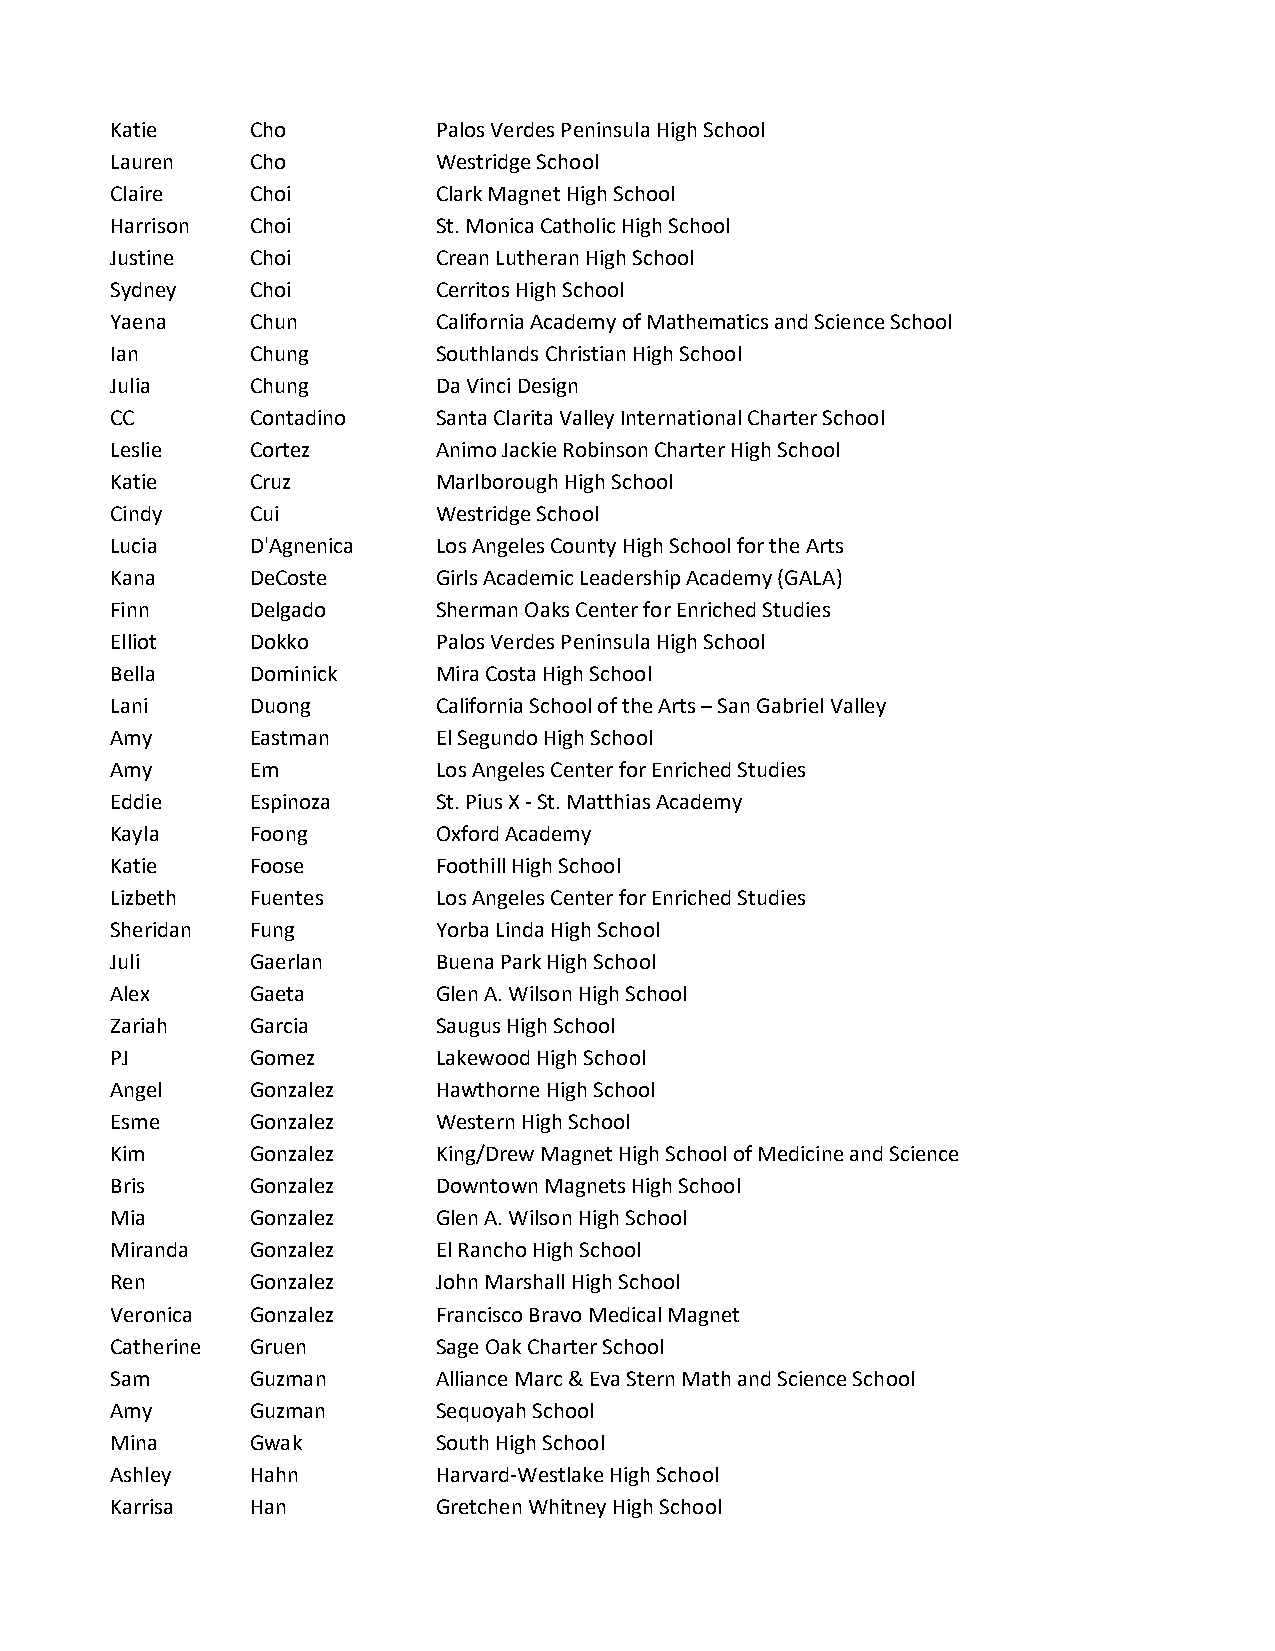
Katie     Cho         Palos Verdes Peninsula High School
 Lauren    Cho         Westridge School
 Claire    Choi        Clark Magnet High School
 Harrison  Choi        St. Monica Catholic High School
 Justine   Choi        Crean Lutheran High School
 Sydney    Choi        Cerritos High School
 Yaena     Chun        California Academy of Mathematics and Science School
 Ian       Chung       Southlands Christian High School
 Julia     Chung       Da Vinci Design
 CC        Contadino   Santa Clarita Valley International Charter School
 Leslie    Cortez      Animo Jackie Robinson Charter High School
 Katie     Cruz        Marlborough High School
 Cindy     Cui         Westridge School
 Lucia     D'Agnenica  Los Angeles County High School for the Arts
 Kana      DeCoste     Girls Academic Leadership Academy (GALA)
 Finn      Delgado     Sherman Oaks Center for Enriched Studies
 Elliot    Dokko       Palos Verdes Peninsula High School
 Bella     Dominick    Mira Costa High School
 Lani      Duong       California School of the Arts – San Gabriel Valley
 Amy       Eastman     El Segundo High School
 Amy       Em          Los Angeles Center for Enriched Studies
 Eddie     Espinoza    St. Pius X - St. Matthias Academy
 Kayla     Foong       Oxford Academy
 Katie     Foose       Foothill High School
 Lizbeth   Fuentes     Los Angeles Center for Enriched Studies
 Sheridan  Fung        Yorba Linda High School
 Juli      Gaerlan     Buena Park High School
 Alex      Gaeta       Glen A. Wilson High School
 Zariah    Garcia      Saugus High School
 PJ        Gomez       Lakewood High School
 Angel     Gonzalez    Hawthorne High School
 Esme      Gonzalez    Western High School
 Kim       Gonzalez    King/Drew Magnet High School of Medicine and Science
 Bris      Gonzalez    Downtown Magnets High School
 Mia       Gonzalez    Glen A. Wilson High School
 Miranda   Gonzalez    El Rancho High School
 Ren       Gonzalez    John Marshall High School
 Veronica  Gonzalez    Francisco Bravo Medical Magnet
 Catherine Gruen       Sage Oak Charter School
 Sam       Guzman      Alliance Marc & Eva Stern Math and Science School
 Amy       Guzman      Sequoyah School
 Mina      Gwak        South High School
 Ashley    Hahn        Harvard-Westlake High School
 Karrisa   Han         Gretchen Whitney High School